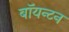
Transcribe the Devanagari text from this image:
बॉयन्टन